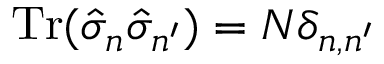
\operatorname { T r } ( \hat { \sigma } _ { n } \hat { \sigma } _ { n ^ { \prime } } ) = N \delta _ { n , n ^ { \prime } }